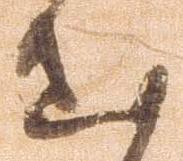
出